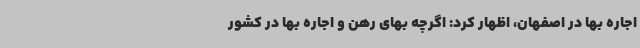
اجاره بها در اصفهان، اظهار کرد: اگرچه بهای رهن و اجاره بها در کشور